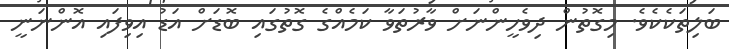
ބަލިތަކެކެވެ. މިގޮތުން ދިވެހީންނަށް ވާރުތަވާ ކަމެއްގެ ގޮތުގައި ބޮޑަށް އަޑު އިވިފައި އޮންނަނީ